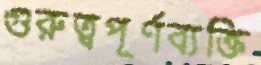
গুরুত্বপূর্ণব্যক্তি